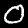
Digit: 0